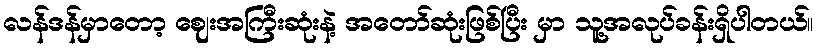
လန်ဒန်မှာတော့ ဈေးအကြီးဆုံးနဲ့ အတော်ဆုံးဖြစ်ပြီး မှာ သူ့အလုပ်ခန်းရှိပါတယ်။